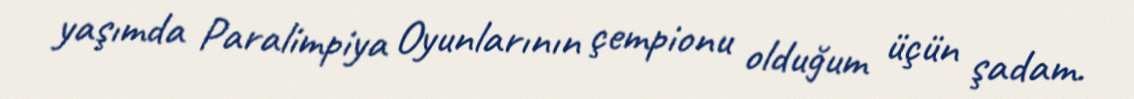
yaşımda Paralimpiya Oyunlarının çempionu olduğum üçün şadam.